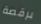
برقصة